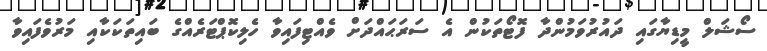
ސޯޝަލް މީޑިޔާގައި ދައުރުވަމުންދާ ފޮޓޯތަކުން އެ ސަރަޙައްދަށް ވެއްޓިފައިވާ ހެލިކޮޕްޓަރެއްގެ ބައިތަކަކާއި މަރުވެފައިވާ